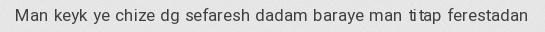
Man keyk ye chize dg sefaresh dadam baraye man titap ferestadan